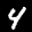
Label: 4